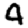
Digit: 4